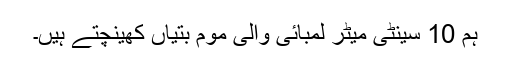
ہم 10 سینٹی میٹر لمبائی والی موم بتیاں کھینچتے ہیں۔